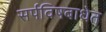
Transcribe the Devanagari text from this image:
सर्पविषबाधेत